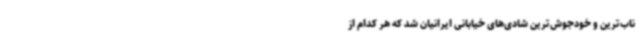
ناب‌ترین و خودجوش‌ترین شادی‌های خیابانی ایرانیان شد که هر کدام از